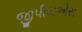
જીપીયએસ